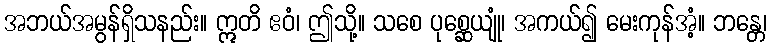
အဘယ်အမွန်ရှိသနည်း။ ဣတိ ဧဝံ၊ ဤသို့။ သစေ ပုစ္ဆေယျုံ၊ အကယ်၍ မေးကုန်အံ့။ ဘန္တေ၊